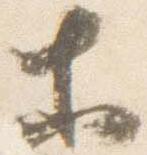
等